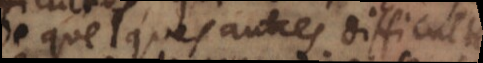
de quelques autres difficultés